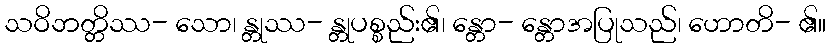
သဝိဘတ္တိဿ- သော၊ န္တုဿ- န္တုပစ္စည်း၏၊ န္တော- န္တောအပြုသည်၊ ဟောတိ- ၏။